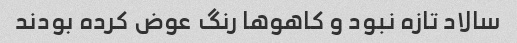
سالاد تازه نبود و کاهو‌ها رنگ عوض کرده بودند